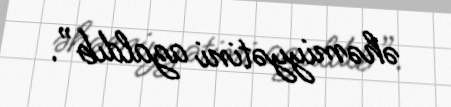
əhəmiyyətini azaldıb”.